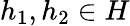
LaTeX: h_{1},h_{2}\in H